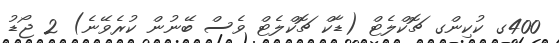
400ގ ކުކިންގ ޗޮކްލެޓް (ޑާކް ޗޮކްލެޓް ވެސް ބޭނުން ކުރެވޭނެ) 2 ޖޯޑު